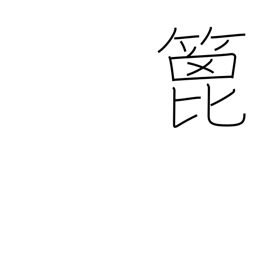
Meaning: spatula